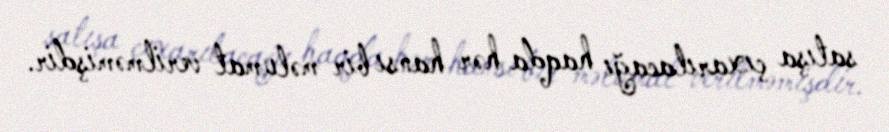
satışa çıxarılacağı haqda hər hansı bir məlumat verilməmişdir.